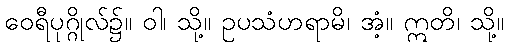
ဝေရီပုဂ္ဂိုလ်၌။ ဝါ၊ သို့။ ဥပသံဟရာမိ၊ အံ့။ ဣတိ၊ သို့။